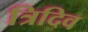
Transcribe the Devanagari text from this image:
त्रिदिव